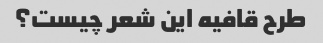
طرح قافیه این شعر چیست؟